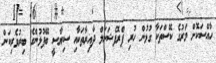
ހާއްސަކޮށް މަރުގެ ކޭސްތަކާ ގުޅުން ހުރި ޕްރޮފެޝަނަލް ދާއިރާތަކާއި ސިޔާސީ ބޭފުޅުންގެ ބިރުވެރިކަން